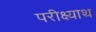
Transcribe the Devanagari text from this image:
परीक्ष्याथ